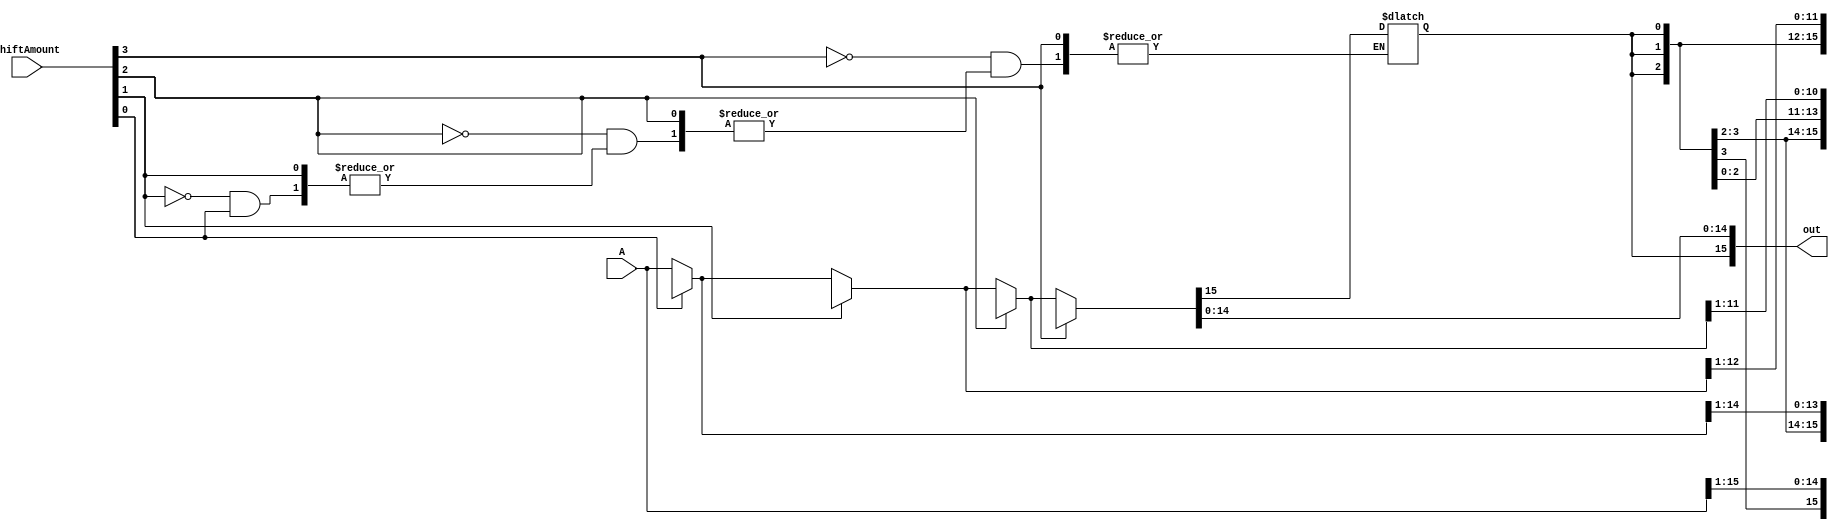
`timescale 1ns / 1ps
//////////////////////////////////////////////////////////////////////////////////
// Company: 
// Engineer: 
// 
// Design Name: 
// Module Name: SRA
// Project Name: 
// Target Devices: 
// Tool Versions: 
// Description: 
// 
// Dependencies: 
// 
// Revision:
// Revision 0.01 - File Created
// Additional Comments:
// 
//////////////////////////////////////////////////////////////////////////////////


//module SRA(s, a, b);
//    input [15:0]  a, b;
//    output [15:0] s;
//    reg [15:0] s;
//    integer i;

//    always @(a or b) begin
//        s = a;  
//        for (i = 0; i < b[3:0]; i = i + 1) begin
//            s = {s[15], s[15:1]};  
//        end
//    end
//endmodule
module SRA(
  input [15:0] A,
  input [3:0] shiftAmount,
  output reg [15:0] out
);
wire signBit = out[15]; 
  always @* begin
    out = A; 

    if (shiftAmount[0] == 1'b1)
      out = {signBit, out[15:1]};

    if (shiftAmount[1] == 1'b1)
      out = {signBit, signBit, out[14:1]};

    if (shiftAmount[2] == 1'b1)
      out = {signBit, signBit, signBit, signBit, out[12:1]};

    if (shiftAmount[3] == 1'b1)
      out = {signBit, signBit, signBit, signBit, signBit, out[11:1]};
  end
endmodule